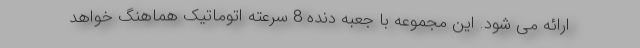
ارائه می شود. این مجموعه با جعبه دنده 8 سرعته اتوماتیک هماهنگ خواهد